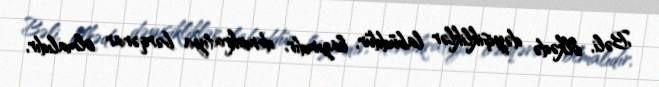
Bəli, ölkədə dəyişikliklər labüddür, lazımdır, demokratiya bərqərar olmalıdır,